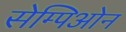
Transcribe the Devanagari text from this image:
सेम्पिओन